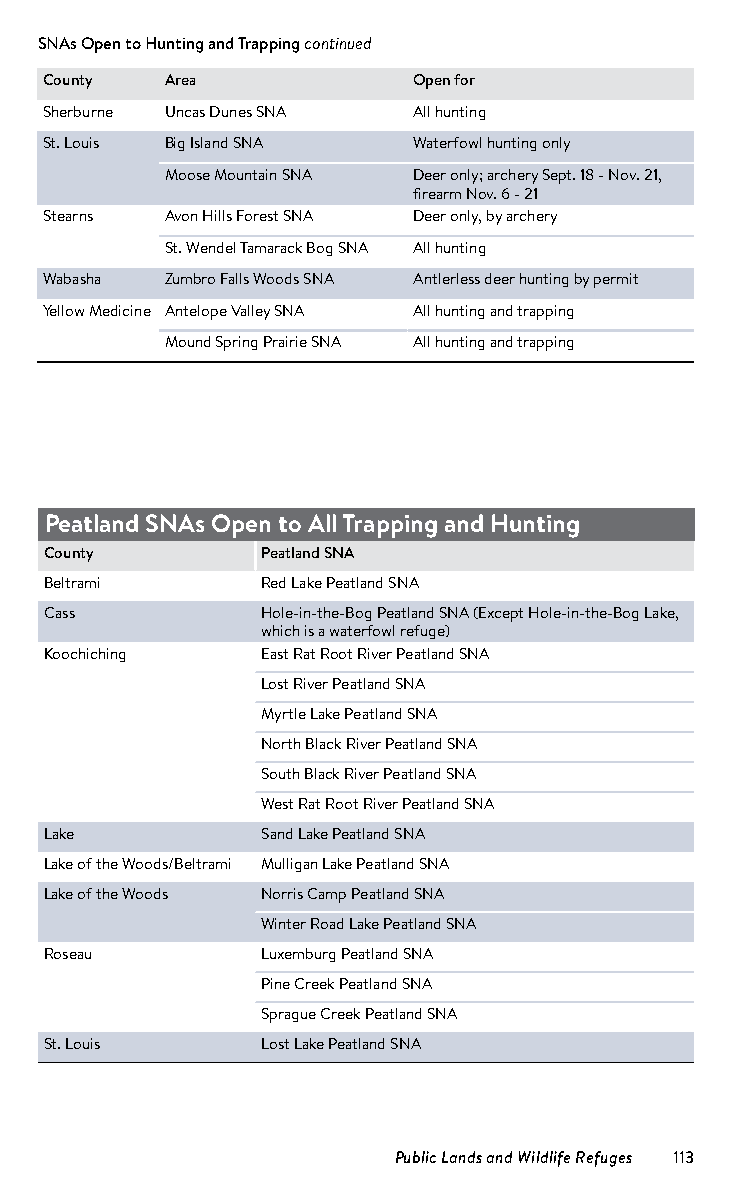
SNAs Open to Hunting and Trapping continued
 County  Area            Open for
 Sherburne Uncas Dunes SNA All hunting
 St. Louis Big Island SNA Waterfowl hunting only
 St. Louis Moose Mountain SNA Deer only; archery Sept. 18 - Nov. 21,
 firearm Nov. 6 - 21
 Stearns Avon Hills Forest SNA Deer only, by archery
 Stearns St. Wendel Tamarack Bog SNA All hunting
 Wabasha Zumbro Falls Woods SNA Antlerless deer hunting by permit
 Yellow Medicine Antelope Valley SNA All hunting and trapping
 Yellow Medicine Mound Spring Prairie SNA All hunting and trapping
 Peatland SNAs Open to All Trapping and Hunting
 County        Peatland SNA
 Beltrami      Red Lake Peatland SNA
 Cass          Hole-in-the-Bog Peatland SNA (Except Hole-in-the-Bog Lake,
 which is a waterfowl refuge)
 Koochiching   East Rat Root River Peatland SNA
 Koochiching   Lost River Peatland SNA
 Koochiching   Myrtle Lake Peatland SNA
 Koochiching   North Black River Peatland SNA
 Koochiching   South Black River Peatland SNA
 Koochiching   West Rat Root River Peatland SNA
 Lake          Sand Lake Peatland SNA
 Lake of the Woods/Beltrami Mulligan Lake Peatland SNA
 Lake of the Woods Norris Camp Peatland SNA
 Lake of the Woods Winter Road Lake Peatland SNA
 Roseau        Luxemburg Peatland SNA
 Roseau        Pine Creek Peatland SNA
 Roseau        Sprague Creek Peatland SNA
 St. Louis     Lost Lake Peatland SNA
 Public Lands and Wildlife Refuges 113